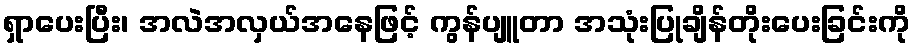
ရှာပေးပြီး၊ အလဲအလှယ်အနေဖြင့် ကွန်ပျူတာ အသုံးပြုချိန်တိုးပေးခြင်းကို